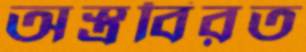
অস্ত্রবিরত